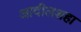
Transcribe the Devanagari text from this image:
आदीलशहा